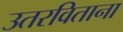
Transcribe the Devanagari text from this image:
उतरविताना